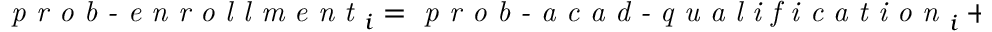
\begin{array} { r } { \textit { p r o b - e n r o l l m e n t } _ { i } = \textit { p r o b - a c a d - q u a l i f i c a t i o n } _ { i } + \beta _ { \mathrm { ~ d ~ i ~ f ~ f ~ - ~ i ~ n ~ f ~ l ~ u ~ e ~ n ~ c ~ e ~ } } \cdot \textit { i n f l u e n c e } _ { i } . } \end{array}